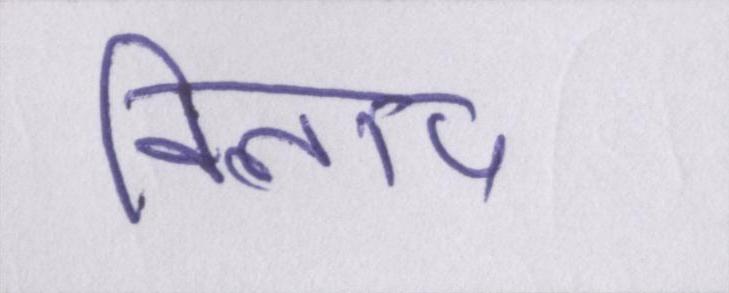
विलाप